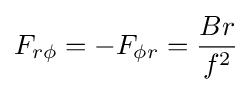
F_{r\phi }=-F_{\phi r}={\frac {Br}{f^{2}}}